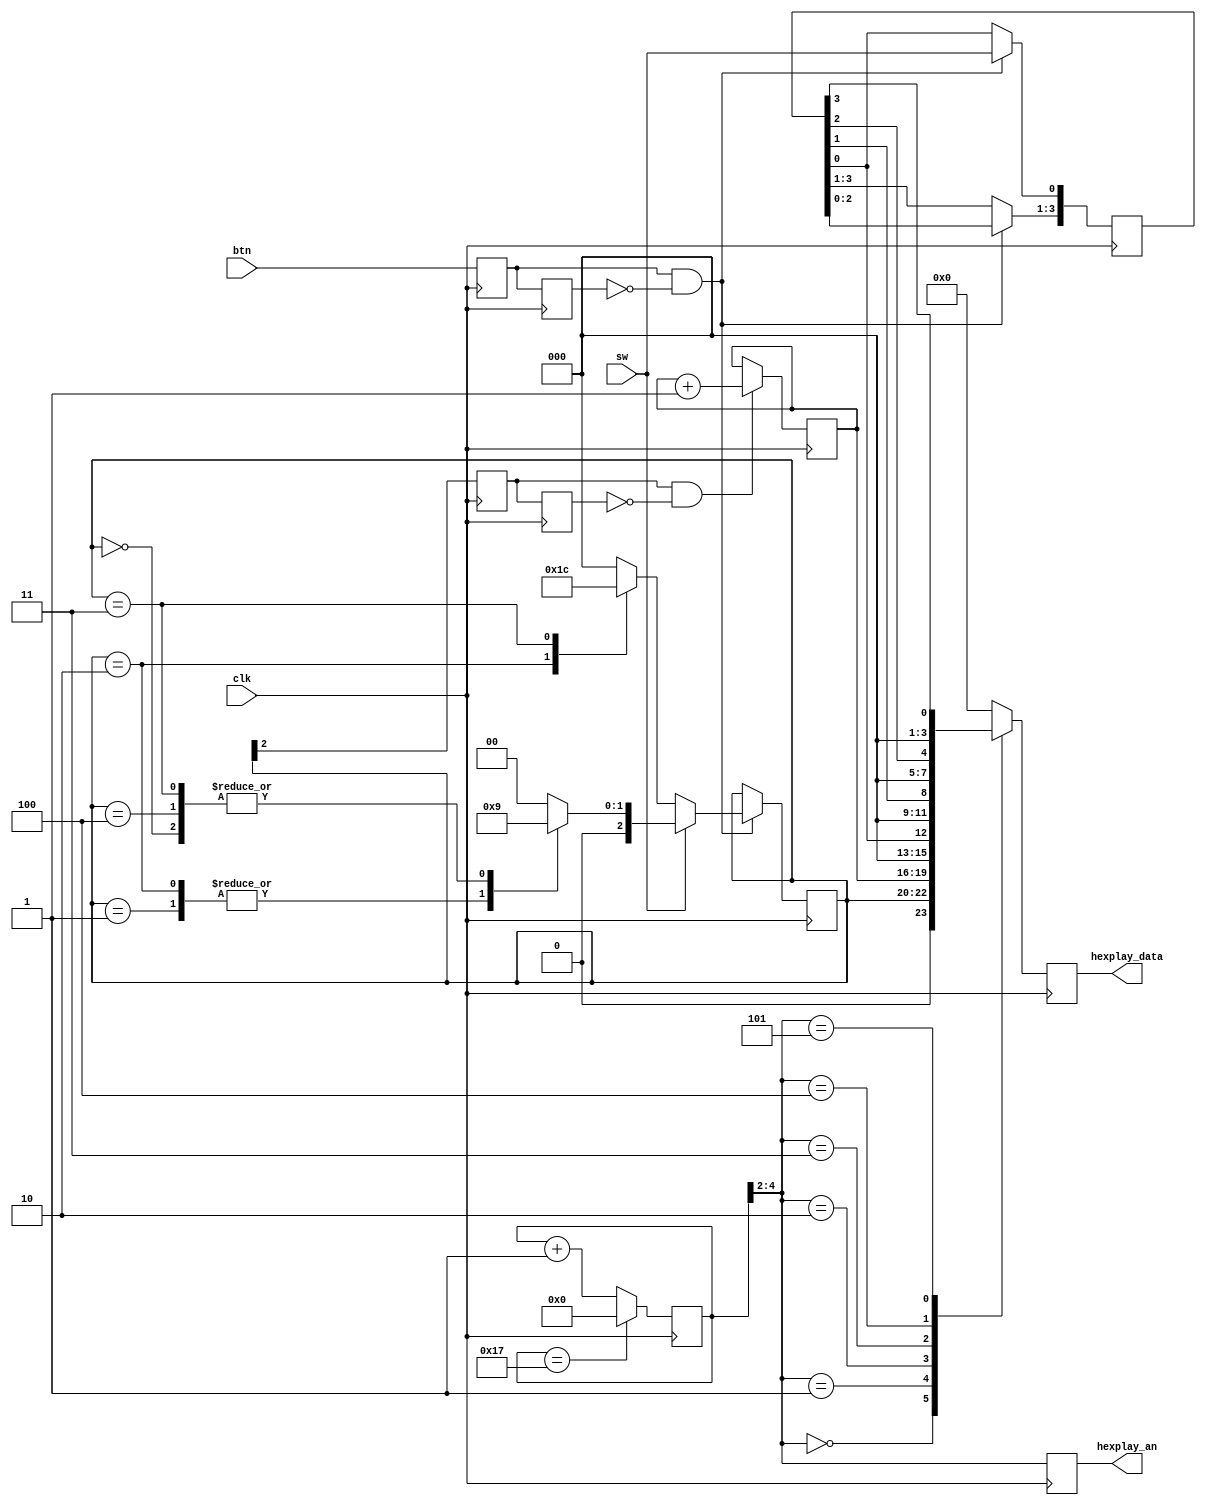
module statemachine(input clk,
            input sw,
            input btn,
            output reg [2:0] hexplay_an,
            output reg [3:0] hexplay_data);
    reg [2:0] curr_state;
    reg [2:0] next_state;
    
    // 
    reg button_r1,button_r2;
    always@(posedge clk) button_r1 <= btn;
    always@(posedge clk) button_r2 <= button_r1;
    assign btn_pulse = button_r1 & (~button_r2);
    
    //  Moore 
    reg state_r1,state_r2;
    always@(posedge clk) state_r1 <= curr_state[2];
    always@(posedge clk) state_r2 <= state_r1;
    assign state_pulse = state_r1 & (~state_r2);
    
    // 
    always@(*) begin
        if (sw)
            case (curr_state)
                3'b000: next_state  = 3'b001;
                3'b001: next_state  = 3'b010;
                3'b010: next_state  = 3'b010;
                3'b011: next_state  = 3'b001;
                3'b100: next_state  = 3'b001;
                default: next_state = 3'b000;
            endcase
        else
            case (curr_state)
                3'b010: next_state  = 3'b011;
                3'b011: next_state  = 3'b100;
                default: next_state = 3'b000;
            endcase
    end
    
    // 
    reg [3:0] recent_num;
    always@(posedge clk) begin
        if (btn_pulse) begin
            curr_state    <= next_state;
            recent_num    <= recent_num << 1;
            recent_num[0] <= sw;
        end
        else begin
            curr_state <= curr_state;
            recent_num <= recent_num;
        end
    end
    
    //  6 , 
    reg [3:0] success_count;
    always@(posedge clk) begin
        if (state_pulse) success_count <= success_count + 1;
        else success_count             <= success_count;
    end
    reg [4:0] time_count;
    always @(posedge clk) begin
        if (time_count == 5'b10111)
            time_count <= 5'b00000;
        else
            time_count <= time_count + 1;
    end
    
    always@(posedge clk) begin
        hexplay_an <= time_count[4:2];
        case (time_count[4:2])
            3'b000 : hexplay_data <= {1'b0, curr_state};
            3'b001 : hexplay_data <= success_count;
            3'b010 : hexplay_data <= {3'b000, recent_num[0]};
            3'b011 : hexplay_data <= {3'b000, recent_num[1]};
            3'b100 : hexplay_data <= {3'b000, recent_num[2]};
            3'b101 : hexplay_data <= {3'b000, recent_num[3]};
            default: hexplay_data <= 4'b0000;
        endcase
    end
endmodule